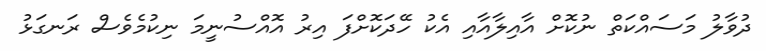
ދުވާލު މަސައްކަތް ނުކޮށް އާއިލާއާއި އެކު ހޭދަކޮށްފަ އިރު އޮއްސުނީމަ ނިކުމެވެސް ރަނގަޅު